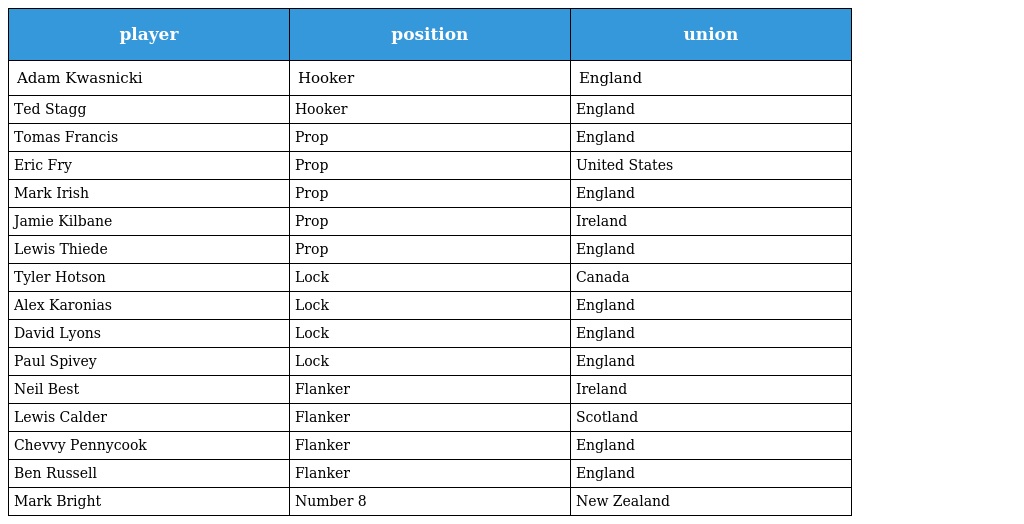
| player | position | union |
 | --- | --- | --- |
 | Adam Kwasnicki | Hooker | England |
 | Ted Stagg | Hooker | England |
 | Tomas Francis | Prop | England |
 | Eric Fry | Prop | United States |
 | Mark Irish | Prop | England |
 | Jamie Kilbane | Prop | Ireland |
 | Lewis Thiede | Prop | England |
 | Tyler Hotson | Lock | Canada |
 | Alex Karonias | Lock | England |
 | David Lyons | Lock | England |
 | Paul Spivey | Lock | England |
 | Neil Best | Flanker | Ireland |
 | Lewis Calder | Flanker | Scotland |
 | Chevvy Pennycook | Flanker | England |
 | Ben Russell | Flanker | England |
 | Mark Bright | Number 8 | New Zealand |